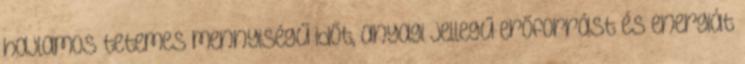
hajlamos tetemes mennyiségű időt, anyagi jellegű erőforrást és energiát